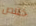
خلاص